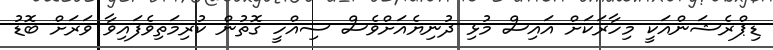
ޑިޕްރެޝަންއަކީ މިހާރަކަށް އައިސް މުޅި ދުނިޔެއަށްވެސް ސިއްހީ ގޮތުން ކުރިމަތިވެފައިވާ ވަރަށް ބޮޑު